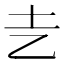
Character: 㐋